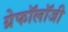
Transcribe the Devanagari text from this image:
ग्रेफॉलॉजी